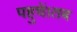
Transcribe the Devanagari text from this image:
पहुचें।तब